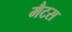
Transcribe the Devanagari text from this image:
मैटस